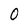
Character: O